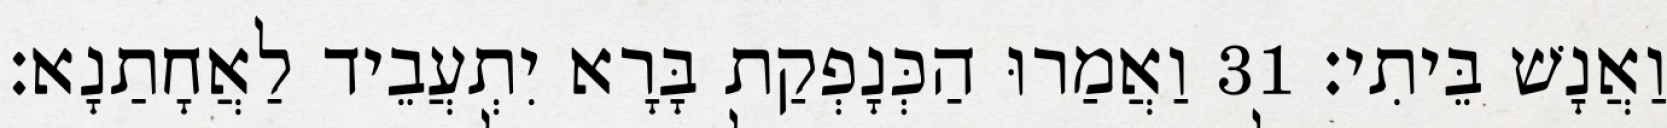
וַאֲנָשׁ בֵּיתִי׃ 31 וַאֲמַרוּ הַכְּנָפְקַת בָּרָא יִתְעֲבֵיד לַאֲחָתַנָא׃